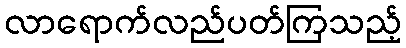
လာရောက်လည်ပတ်ကြသည့်